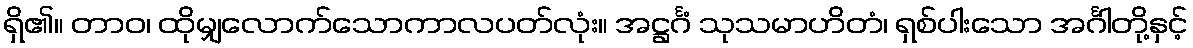
ရှိ၏။ တာဝ၊ ထိုမျှလောက်သောကာလပတ်လုံး။ အဋ္ဌင်္ဂံ သုသမာဟိတံ၊ ရှစ်ပါးသော အင်္ဂါတို့နှင့်